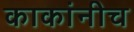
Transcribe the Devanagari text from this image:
काकांनीच